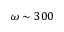
\omega \sim 3 0 0